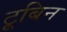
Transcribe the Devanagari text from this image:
टूबिन